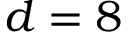
d = 8